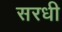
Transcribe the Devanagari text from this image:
सरधी